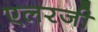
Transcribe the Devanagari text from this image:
एलरजी